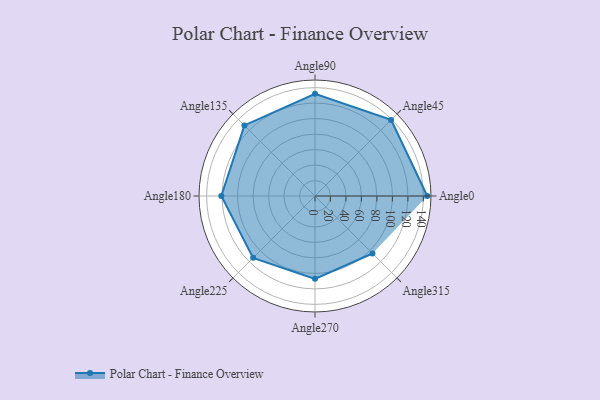
{"axis": {"x": "Angle", "y": "Radius"}, "legend": [""], "data": [{"x": "Angle0", "y": 145.0, "type": ""}, {"x": "Angle45", "y": 139.0, "type": ""}, {"x": "Angle90", "y": 132.0, "type": ""}, {"x": "Angle135", "y": 129.0, "type": ""}, {"x": "Angle180", "y": 121.0, "type": ""}, {"x": "Angle225", "y": 113.0, "type": ""}, {"x": "Angle270", "y": 107.0, "type": ""}, {"x": "Angle315", "y": 105.0, "type": ""}]}